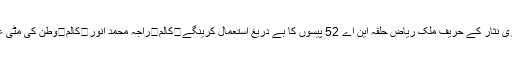
کالم	چوہدری نثار کے حریف ملک ریاض حلقہ این اے 52 پیسوں کا بے دریغ استعمال کرینگے	کالم	راجہ محمد انور	کالم	وطن کی مٹی عظیم ہے تو۔